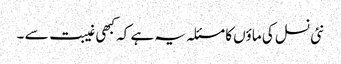
نئی نسل کی ماؤں کا مسئلہ یہ ہے کہ کبھی غیبت سے ۔